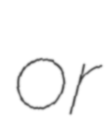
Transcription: or